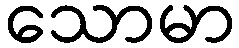
သောမာ